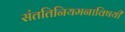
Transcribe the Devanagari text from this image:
संततिनियमनाविषयी